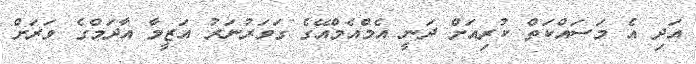
އަދި އެ މަސައްކަތް ކުރިއަށް ދަނީ އެމްއެމްއޭގެ ގަވަރުނަރު އަޒީމާ އާދަމްގެ ވަރަށް